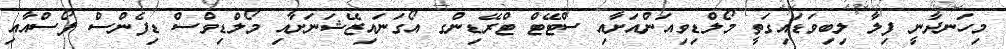
މިހަނދާނީ ފިލާ ލިބިވަޑައިގަތީ މޯލްޑިވިއަންއަށާއި ސްޓޭޓް ޓްރޭޑިންގ އޯގަނައިޒޭޝަނަށާއި މޯލްޑިވްސް ޑިފެންސް ފޯސްއާއި